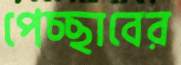
পেচ্ছাবের